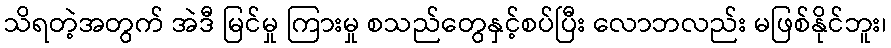
သိရတဲ့အတွက် အဲဒီ မြင်မှု ကြားမှု စသည်တွေနှင့်စပ်ပြီး လောဘလည်း မဖြစ်နိုင်ဘူး၊